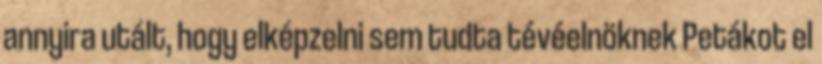
annyira utált, hogy elképzelni sem tudta tévéelnöknek Pe­tákot el